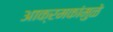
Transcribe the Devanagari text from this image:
आक्रमकांमुळे